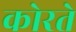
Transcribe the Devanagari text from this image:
कोरते